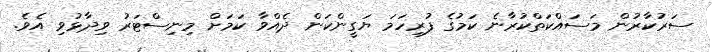
ސަރުކާރުން މަސައްކަތްކުރާނެ ކަމުގެ ފުރިހަމަ ޔަގީންކަން ދެއްވާ ކަމަށް މިނިސްޓަރު ވިދާޅުވި އެވެ.